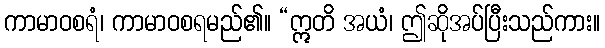
ကာမာဝစရံ၊ ကာမာဝစရမည်၏။ “ဣတိ အယံ၊ ဤဆိုအပ်ပြီးသည်ကား။